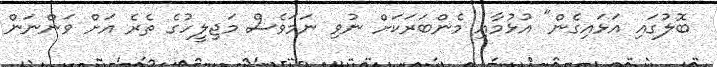
ބޮލުގައި އަޅައިގެން" އުޅުމާއި މެންބަރަކަށް ނުވި ނަމަވެސް މަޖިލީހުގެ ތެރެ އަށް ވަންނަން